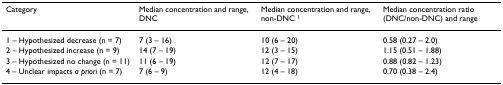
<table><thead><tr><td><b>Category</b></td><td><b>Median concentration and range, DNC</b></td><td><b>Median concentration and range, non-DNC <sup>1</sup></b></td><td><b>Median concentration ratio (DNC/non-DNC) and range</b></td></tr></thead><tbody><tr><td>1 – Hypothesized decrease (n = 7)</td><td>7 (3 – 16)</td><td>10 (6 – 20)</td><td>0.58 (0.27 – 2.0)</td></tr><tr><td>2 – Hypothesized increase (n = 9)</td><td>14 (7 – 19)</td><td>12 (3 – 15)</td><td>1.15 (0.51 – 1.88)</td></tr><tr><td>3 – Hypothesized no change (n = 11)</td><td>11 (6 – 19)</td><td>12 (7 – 17)</td><td>0.88 (0.82 – 1.23)</td></tr><tr><td>4 – Unclear impacts <i>a priori </i>(n = 7)</td><td>7 (6 – 9)</td><td>12 (4 – 18)</td><td>0.70 (0.38 – 2.4)</td></tr></tbody></table>